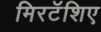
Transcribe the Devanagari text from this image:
मिरटॅशिए